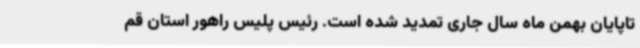
تاپایان بهمن ماه سال جاری تمدید شده است. رئیس پلیس راهور استان قم